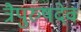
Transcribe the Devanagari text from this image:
त्रैपुरुषदेव